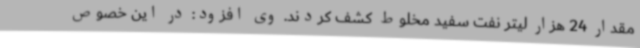
مقدار 24 هزار لیتر نفت سفید مخلوط کشف کردند. وی افزود: در این خصوص